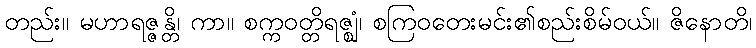
တည်း။ မဟာရဇ္ဇန္တိ၊ ကာ။ စက္ကဝတ္တိရဇ္ဈံ၊ စကြဝတေးမင်း၏စည်းစိမ်ဝယ်။ ဇိနောတိ၊